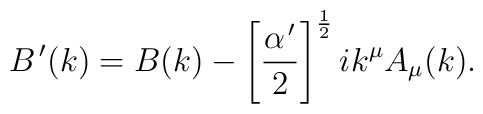
B^{\,\prime}(k)=B(k)-\left[\frac{\alpha^{\,\prime}}{2}\right]^{\frac12}ik^{\mu}A_{\mu}(k).